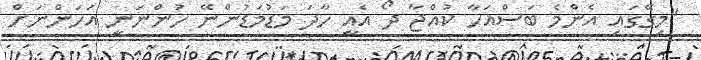
"މިގޭގައި އެންމެ ބަސްއަހާ ކުއްޖާ ދޯ އެއީ ހާދަ މަޑުމަޑުންނޭ ހުންނަނީ އަހަންނަށް